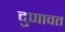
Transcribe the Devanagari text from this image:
दुणावत